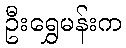
ဦးရွှေမန်းက